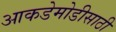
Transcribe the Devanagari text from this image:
आकडेमोडीसाठी